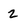
Character: 2